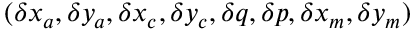
( \delta x _ { a } , \delta y _ { a } , \delta x _ { c } , \delta y _ { c } , \delta q , \delta p , \delta x _ { m } , \delta y _ { m } )